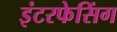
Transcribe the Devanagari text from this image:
इंटरफेसिंग